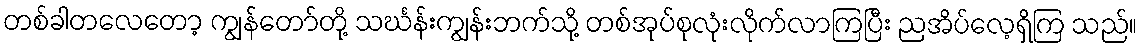
တစ်ခါတလေတော့ ကျွန်တော်တို့ သင်္ဃန်းကျွန်းဘက်သို့ တစ်အုပ်စုလုံးလိုက်လာကြပြီး ညအိပ်လေ့ရှိကြ သည်။